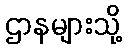
ဌာနများသို့